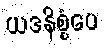
ယဒနိစ္စံပေ